Vaccine operations Central Provinces 1868-1885 - 1868-1885
Year: 1868
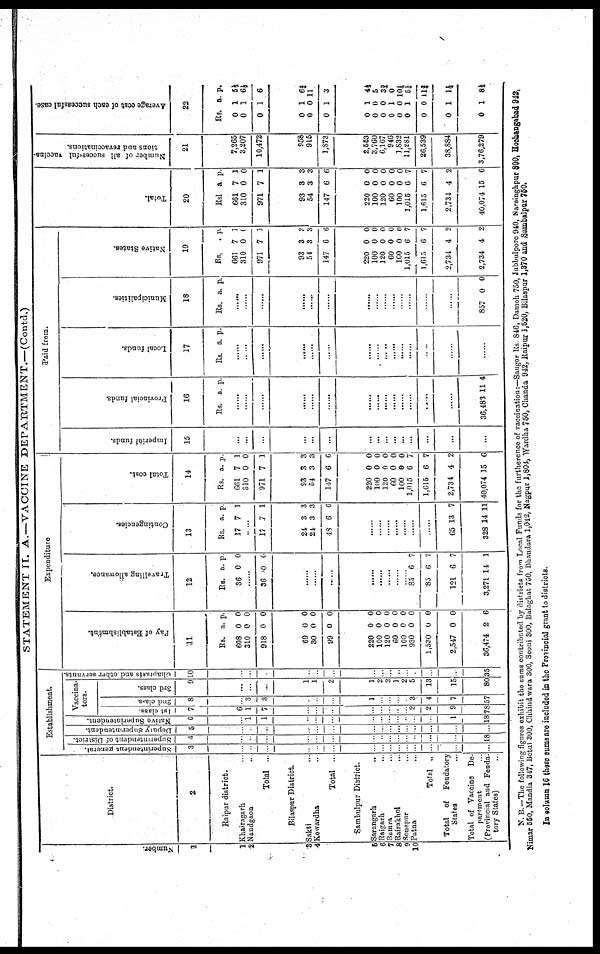
Number.
1
1
2
3
4
5
6
7
8
9
10
District.
2
Raipur district.
Khairagarh... ...
Nandgaon... ...
Total ...
Bilaspur District.
Sakti... ...
Kowardha... ...
Total ...
Sambulpur District.
Sarangarh
..
Raigarh... ...
Bamra...
...
Rairakhol... ... ...
Sonepur...
...
..
Patna... ...
Total..
Total of Feudatory
States...
Total of Vaccine De-
partment
(Provincial and Feuda-
tory States)......
STATEMENT II. A.—VACCINE DEPARTMENT.—(Contd.)
Establishment.
Superintendent general.
3
...
...
...
...
...
...
...
...
......
......
......
......
......
......
...
Superintendent of District.
4
...
...
...
...
...
...
...
...
......
......
......
......
......
......
18
Deputy Superintendent.
5
...
...
...
...
...
...
...
...
......
......
......
......
.........
.........
...
Native Superintendent.
6
...
1
1
...
...
...
...
...
......
......
......
......
......
1
18
Vaccina¬
tors.
1st class.
7
6
1
7
...
...
...
...
...
......
......
......
2
2
9
78
2nd class.
8
...
3
3
...
...
...
1
...
......
......
......
3
4
7
57
3rd class.
9
...
...
...
1
1
2
1
2
2
1
2
5
13
15
80
Chaprasis and other servants.
10
...
...
...
...
...
...
...
...
......
......
......
......
......
......
35
Expenditure
Pay of Establishment.
11
Rs.
608
310
918
a.
0
0
0
p.
0
0
0
69
30
99
220
100
120
60
100
930
1,530
2,547
36,474
0
0
0
0
0 0
0
0
0
0
0
2
0
0
0
0
0
0
0
0
0
0
0
6
Travelling allowance.
12
Rs.
36
a.
0
p.
0
...
36 0 0
...
...
...
...
......
......
......
......
85
85
121
3,271
6
6
6
14
7
7
7
1
Contingencies.
13
Rs.
17
a.
7
p.
1
17 7 1
24
24
48
3
3
6
3
3
6
...
......
......
......
......
......
......
65
328
13
14
7
11
Total cost.
14
Rs.
661
310
971
a.
7
0
7
p.
1
0
1
93
54
147
220
100
120
60
100
1,015
1,615
2,734
40,074
3
3
6
0
0
0
0
0
6
6
4
15
3
3
6
0
0
0
0 0
7
7
2
6
Paid from.
Imperial funds.
15
...
...
...
...
...
...
...
...
...
...
......
......
......
......
...
Provincial funds.
16
Rs. a. p.
...
...
...
...
...
...
...
......
......
......
......
......
......
......
36,483 11 4
Local funds.
17
Rs. a. p.
...
...
...
...
...
...
......
......
......
......
......
......
......
...
Municipalities.
18
Rs. a. p.
...
...
...
...
...
...
...
......
......
......
......
......
......
......
857 0 0
Native States.
19
Rs.
661
310
971
a.
7
0
7
p.
1
0
1
93
54
147
220
100
120
60
100
1,015
1,615
2,734
2,734
3
3
6
0
0
0
0
0
6
6
4
4
3
3
6
0
0
0
0
0
7
7
2
2
Total.
20
Rs1
661
310
971
a.
7
0
7
p.
1
0
1
93
54
147
220
100
120
60
100
1,015
1,615
2,734
40,074
3
3
6
0
0 0
0
0
6
6
4
15
3
3
6
0
0 0
0
0
7
7
2
6
Number of all successful vaccina-
tions and revaccinations.
21
7,265
3,207
10,472
958
915
1,873
2,553
3,760
6,167
946
1,832
11,281
26,539
38,884
3,76,279
Average cost of each successful case.
22
Rs.
0
0
0
a.
1
1
1
p.
5½
6½
6
0
0
0
0
0 0
0
0
0
0
0
0
1
0
1
1
0 0
1
0
1
0
1
1
6¾
11
3
4½
5
3¾
0
10½
5¼
11¾
1¼
8½
N. B.—The following figures exhibit the sums contributed by districts from Local Funds for the f
u
r
t
h
e
r
e
n
c
e
o
f vaccination:-Saugor Rs.84
Nimar 550, Mandla 347, Betul 300, Chhindwara 300, Seoni 300, Balaghat 750, Bhandara 1,042, Nagpur 1,804, Wardha 750, Chanda 942, Raipur 1,520, Bilaspur 1,370 and Sambalpur 750.
In column 16 these sums are included in the Provincial grant to districts.